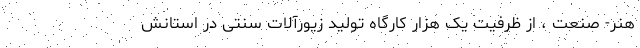
هنر- صنعت ، از ظرفیت یک هزار کارگاه تولید زیورآلات سنتی در استانش